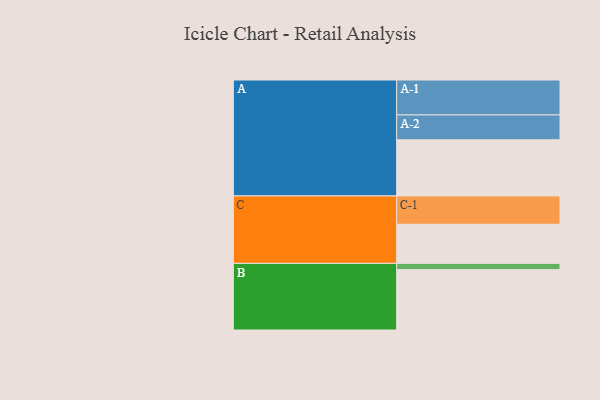
{"axis": {"x": "Segment", "y": "Value"}, "legend": ["", "A", "B", "C"], "data": [{"x": "A", "y": 468, "type": ""}, {"x": "B", "y": 503, "type": ""}, {"x": "C", "y": 326, "type": ""}, {"x": "A-1", "y": 291, "type": "A"}, {"x": "A-2", "y": 207, "type": "A"}, {"x": "B-1", "y": 52, "type": "B"}, {"x": "C-1", "y": 236, "type": "C"}]}